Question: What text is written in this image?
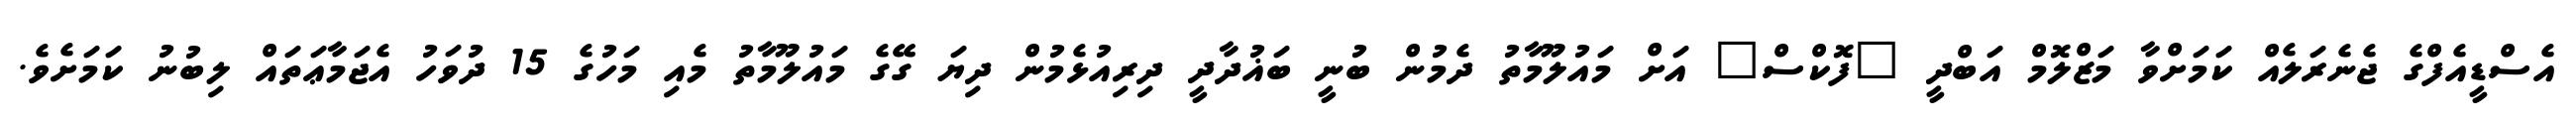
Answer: އެސްޑީއެފްގެ ޖެނެރަލެއް ކަމަށްވާ މަޒްލޮމް އަބްދީ "ފޮކްސް" އަށް މައުލޫމާތު ދެމުން ބުނީ ބަޣުދާދީ ދިރިއުޅެމުން ދިޔަ ގޭގެ މައުލޫމާތު މެއި މަހުގެ 15 ދުވަހު އެޖަމާޢަތައް ލިބުނު ކަމަށެވެ.